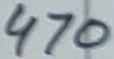
Text: 470